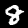
Label: 8